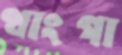
থাংগা